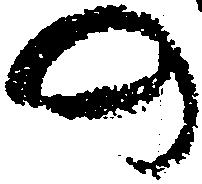
の